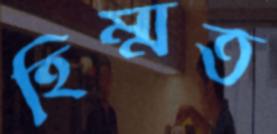
হিম্মত